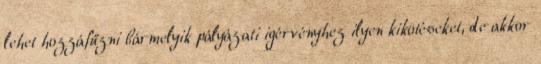
lehet hozzáfűzni bármelyik pályázati igérvényhez ilyen kikötéseket, de akkor